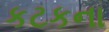
કટકના